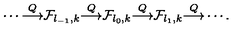
\cdots { \frac { \buildrel Q } { \longrightarrow } } { \cal F } _ { l _ { - 1 } , k } { \frac { \buildrel Q } { \longrightarrow } } { \cal F } _ { l _ { 0 } , k } { \frac { \buildrel Q } { \longrightarrow } } { \cal F } _ { l _ { 1 } , k } { \frac { \buildrel Q } { \longrightarrow } } \cdots .